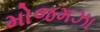
મોજમઝા